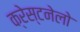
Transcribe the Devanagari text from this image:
क्रेस्टनेलो